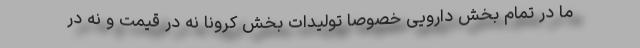
ما در تمام بخش دارویی خصوصاً تولیدات بخش کرونا نه در قیمت و نه در